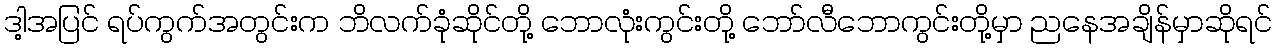
ဒါ့အပြင် ရပ်ကွက်အတွင်းက ဘိလက်ခုံဆိုင်တို့ ဘောလုံးကွင်းတို့ ဘော်လီဘောကွင်းတို့မှာ ညနေအချိန်မှာဆိုရင်